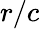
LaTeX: r/c